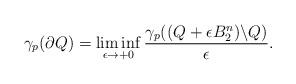
LaTeX: \begin{align*}\gamma_p(\partial Q)=\liminf_{\epsilon\rightarrow +0}\frac{\gamma_p((Q+\epsilon B_2^n)\backslash Q)}{\epsilon}.\end{align*}